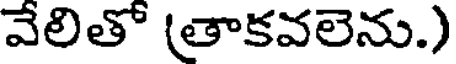
వేలితో (తాకవలెను.)